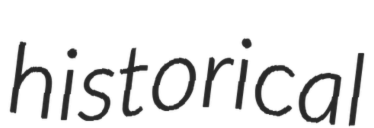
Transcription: historical